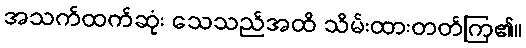
အသက်ထက်ဆုံး သေသည်အထိ သိမ်းထားတတ်ကြ၏။